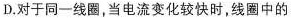
D.对于同一线圈，当电流变化较快时，线圈中的